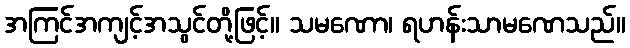
အကြင်အကျင့်အသွင်တို့ဖြင့်။ သမဏော၊ ရဟန်းသာမဏေသည်။